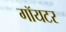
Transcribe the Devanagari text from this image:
गॉयटर